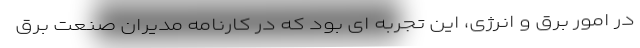
در امور برق و انرژی، این تجربه ای بود که در کارنامه مدیران صنعت برق